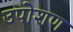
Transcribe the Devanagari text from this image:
उपोशण